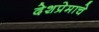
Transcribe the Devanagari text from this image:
देशप्रेमाचे